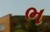
ભ